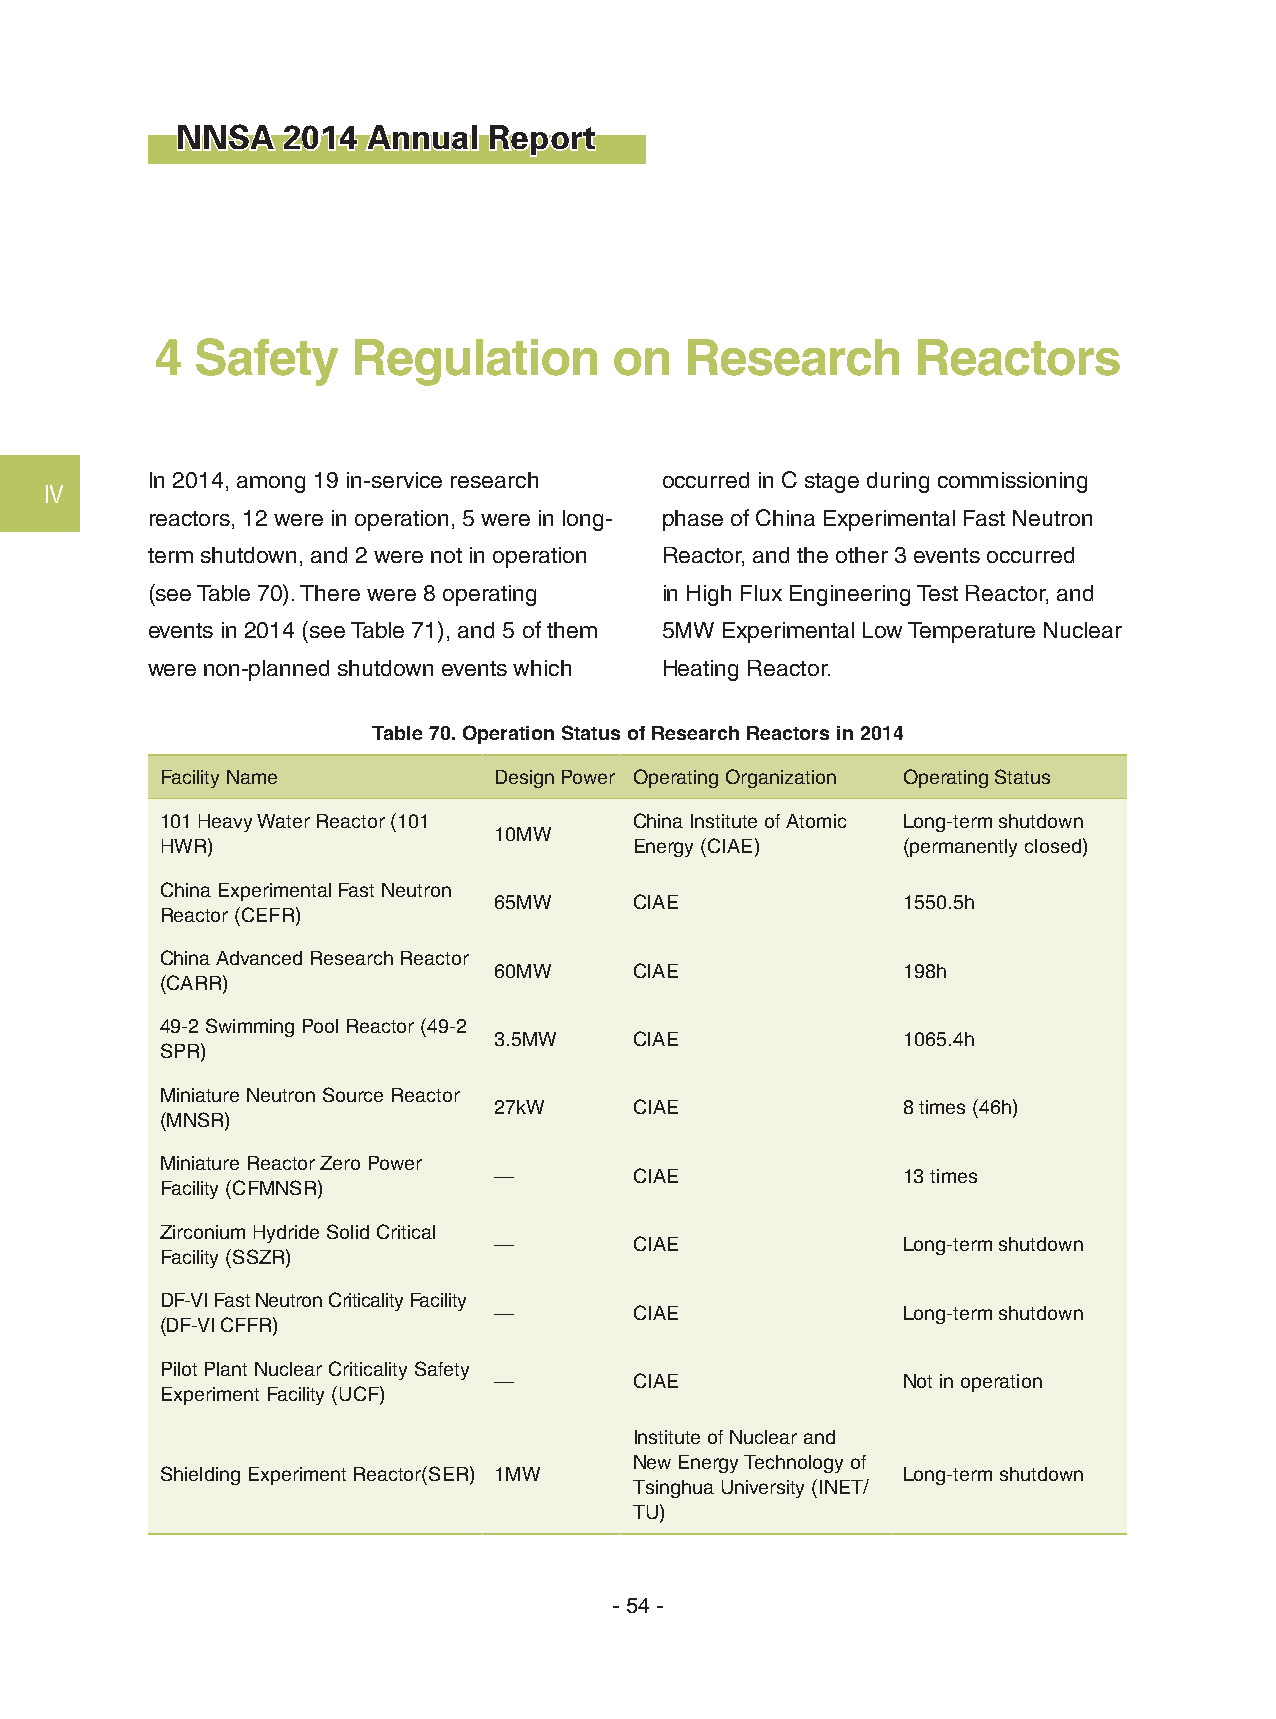
NNSA   2014 Annual  Report
 4  Safety    Regulation        on  Research        Reactors
 In 2014, among 19 in-service research occurred in C stage during commissioning
 Ⅳ
 reactors, 12 were in operation, 5 were in long- phase of China Experimental Fast Neutron
 term shutdown, and 2 were not in operation Reactor, and the other 3 events occurred
 (see Table 70). There were 8 operating in High Flux Engineering Test Reactor, and
 events in 2014 (see Table 71), and 5 of them 5MW Experimental Low Temperature Nuclear
 were non-planned shutdown events which Heating Reactor.
 Table 70. Operation Status of Research Reactors in 2014
 Facility Name         Design Power Operating Organization Operating Status
 101 Heavy Water Reactor (101   China Institute of Atomic Long-term shutdown
 10MW
 HWR)                           Energy (CIAE)     (permanently closed)
 China Experimental Fast Neutron
 65MW     CIAE              1550.5h
 Reactor (CEFR)
 China Advanced Research Reactor
 60MW     CIAE              198h
 (CARR)
 49-2 Swimming Pool Reactor (49-2
 3.5MW    CIAE              1065.4h
 SPR)
 Miniature Neutron Source Reactor
 27kW     CIAE              8 times (46h)
 (MNSR)
 Miniature Reactor Zero Power
 —        CIAE              13 times
 Facility (CFMNSR)
 Zirconium Hydride Solid Critical
 —        CIAE              Long-term shutdown
 Facility (SSZR)
 DF-VI Fast Neutron Criticality Facility
 —        CIAE              Long-term shutdown
 (DF-VI CFFR)
 Pilot Plant Nuclear Criticality Safety
 —        CIAE              Not in operation
 Experiment Facility (UCF)
 Institute of Nuclear and
 New Energy Technology of
 Shielding Experiment Reactor(SER) 1MW            Long-term shutdown
 Tsinghua University (INET/
 TU)
 - 54 -